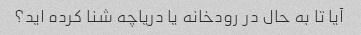
آیا تا به حال در رودخانه یا دریاچه شنا کرده اید؟